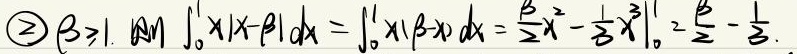
若\(\beta\geqslant1\)，则 \(\int_{0}^{1}x|x - \beta|dx=\int_{0}^{1}x(\beta - x)dx=\left.\frac{\beta}{2}x^{2}-\frac{1}{3}x^{3}\right|_{0}^{1}=\frac{\beta}{2}-\frac{1}{3}\)